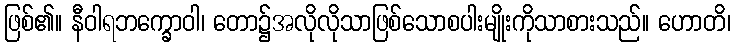
ဖြစ်၏။ နီဝါရဘက္ခောဝါ၊ တော၌အလိုလိုသာဖြစ်သောစပါးမျိုးကိုသာစားသည်။ ဟောတိ၊